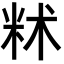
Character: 𬖔